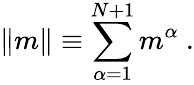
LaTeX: \| m\| \equiv\sum_{\alpha=1}^{N+1}m^{\alpha}\ .